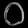
Digit: ၀